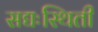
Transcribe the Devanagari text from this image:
सद्यःस्थिती